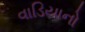
વાડિયાનો